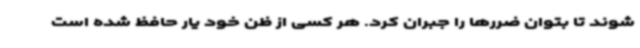
شوند تا بتوان ضررها را جبران کرد. هر کسی از ظن خود یار حافظ شده است